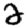
Digit: 2